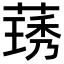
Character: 𬝽